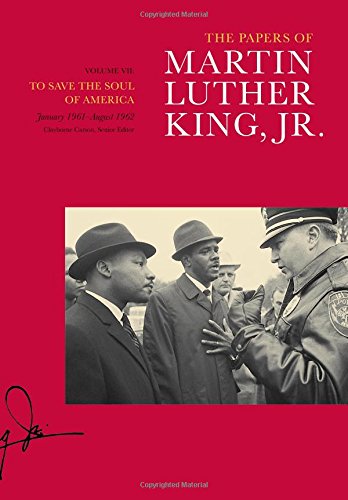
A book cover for The Papers of Martin Luther King, Jr., Volume VII: To Save the Soul of America, January 1961-August 1962 (Martin Luther King Papers); Martin Luther King; Biographies & Memoirs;